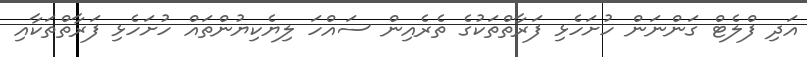
އަދި ފްލެޓް ގަންނަން ހުށަހެޅި ފަރާތްތަކުގެ ތެރެއިން ސައްހަ ލިޔެކިޔުންތައް ހުށަހެޅި ފަރާތްތަކާއި